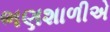
ભણશાળીએ